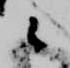
々